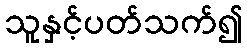
သူနှင့်ပတ်သက်၍